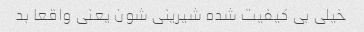
خیلی بی کیفیت شده شیرینی شون یعنی واقعا بد